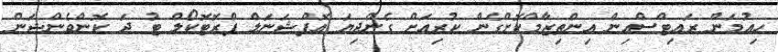
ހިއުމަން ރައިޓްސްއިން އިންތިޒާމްކޮށްގެން ކުރިއަށް ގެންދިޔަ އޮޕްޝަނަލް ޕްރޮޓޮކޯލް ޓު ދަ ކޮންވެންޝަން